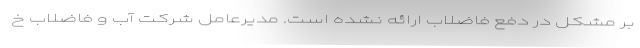
بر مشکل در دفع فاضلاب ارائه نشده است. مدیرعامل شرکت آب و فاضلاب خ